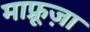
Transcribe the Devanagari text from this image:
माफ्रूज़ा